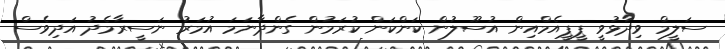
ސަލީމް ވިދާޅުވީ ޕީޕީއެމްއިން އުސޫލުން ކަންކަން ކުރަމުން ގެންދާނަމަ އުމަރު ނަސީރާމެދު އަދިވެސް